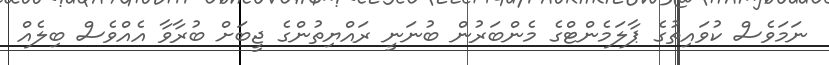
ނަމަވެސް ކުވައިތުގެ ޕާލަމެންޓްގެ މެންބަރުން ބުނަނީ ރައްޔިތުންގެ ޖީބަށް ބުރާވާ އެއްވެސް ބިލެއް